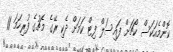
ކޮންމެއަކަސް ކޯޗަށް ފައިސަލް ފިޓް ކަމަށް ދެކި ރޭގެ މެޗުގެ ފުރިހަމަ 11